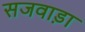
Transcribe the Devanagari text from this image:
सजवाड़ा